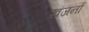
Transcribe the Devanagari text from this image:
खंजनों